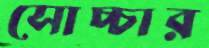
সোচ্চার